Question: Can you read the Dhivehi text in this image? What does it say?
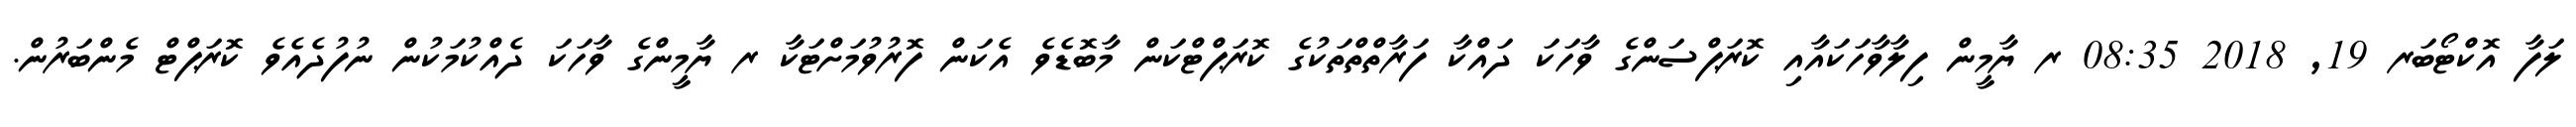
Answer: ލަފާ އޮކްޓޯބަރ 19, 2018 08:35 ރ ޔާމީން ފިލާވާހަކައާއި ކޮރަޕްސަންގެ ވާހަކަ ދައްކާ ފަރާތްތްތަކުގެ ކޮރަޕްޓްކަން މާބޮޑެވެ އެކަން ފޮރުވުމަށްޓަކާ ރ ޔާމީންގެ ވާހަކަ ދެއްކުމަކުން ނުފުދެއެވެ ކޮރަޕްޓް މެންބަރުން.